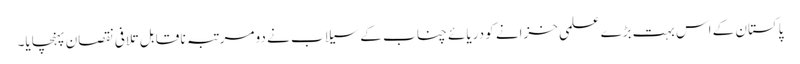
پاکستان کے اس بہت بڑے علمی خزانے کو دریائے چناب کے سیلاب نے دو مرتبہ نا قا بل تلافی نقصان پہنچایا۔